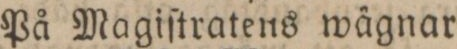
På Magiſtratens wägnar